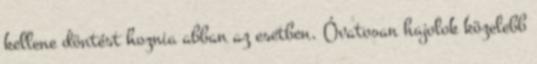
kellene döntést hoznia abban az esetben. Óvatosan hajolok közelebb